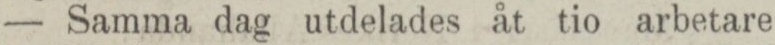
— Samma dag utdelades åt tio arbetare